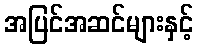
အပြင်အဆင်များနှင့်